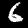
Digit: 6